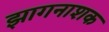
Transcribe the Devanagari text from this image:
झागनाशक